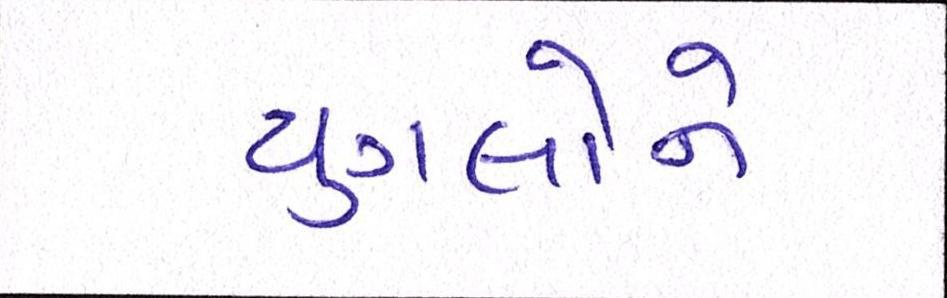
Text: યુગલોને